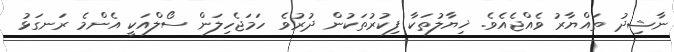
ނާޝިދު ތައްޔާރު ވެއްޖެއެވެ. ޚިޔާލުތަކާ ފިކުރުތަކުން ދުރުވެ ހަމަޖެހިލަން ސޯލްއަކީ އެންމެ ރަނގަޅު